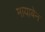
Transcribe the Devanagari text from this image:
मायाबेन